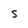
Character: S